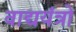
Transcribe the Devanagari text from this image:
वाद्ययंत्रो